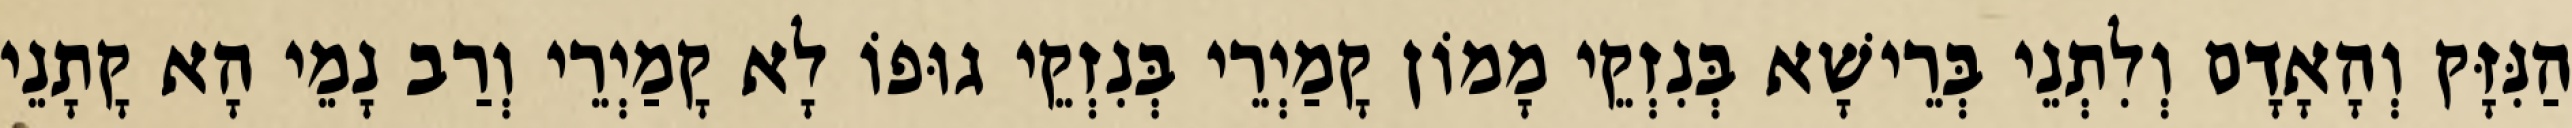
הַנִּזָּק וְהָאָדָם וְלִתְנֵי בְּרֵישָׁא בְּנִזְקֵי מָמוֹן קָמַיְרֵי בְּנִזְקֵי גוּפוֹ לָא קָמַיְרֵי וְרַב נָמֵי הָא קָתָנֵי